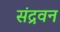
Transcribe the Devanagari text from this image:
संद्रवन